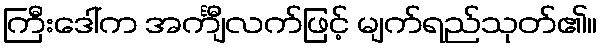
ကြီးဒေါ်က အင်္ကျီလက်ဖြင့် မျက်ရည်သုတ်၏။